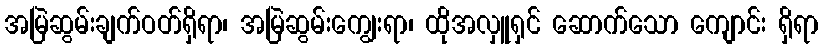
အမြဲဆွမ်းချက်ဝတ်ရှိရာ၊ အမြဲဆွမ်းကျွေးရာ၊ ထိုအလှူရှင် ဆောက်သော ကျောင်း ရှိရာ